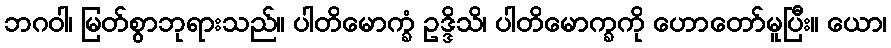
ဘဂဝါ၊ မြတ်စွာဘုရားသည်။ ပါတိမောက္ခံ ဥဒ္ဒိသိ၊ ပါတိမောက္ခကို ဟောတော်မူပြီး။ ယော၊